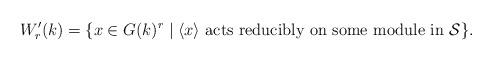
LaTeX: \begin{align*}W_r'(k) = \{x \in G(k)^r \;|\; {\langle x\rangle} \hbox{ acts reducibly on some module in }{\mathcal S}\}.\end{align*}